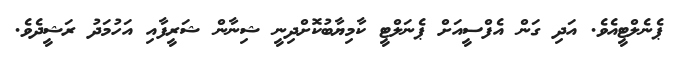
ޕެނެލްޓީއެވެ. އަދި ގަން އެފްސީއަށް ޕެނަލްޓީ ކާމިޔާބުކޮށްދިނީ ޝިނާން ޝަރީފާއި އަހުމަދު ރަޝީދެވެ.